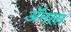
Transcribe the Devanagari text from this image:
ॲनला